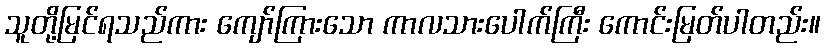
သူတို့မြင်ရသည်ကား ကျော်ကြားသော ကာလသားပေါက်ကြီး ကောင်းမြတ်ပါတည်း။